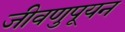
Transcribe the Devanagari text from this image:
जीवणुपूयन